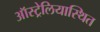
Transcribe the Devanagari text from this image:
ऑस्ट्रेलियास्थित